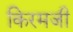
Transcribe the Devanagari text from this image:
किरमजी